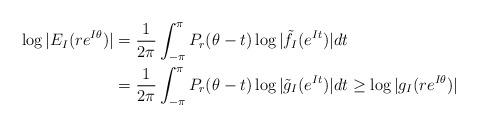
LaTeX: \begin{align*}\begin{aligned}\log |E_I(re^{I\theta})|&=\frac1{2\pi}\int_{-\pi}^{\pi}P_r(\theta-t)\log |\tilde f_I(e^{It})|dt\\&=\frac1{2\pi}\int_{-\pi}^{\pi}P_r(\theta-t)\log |\tilde g_I(e^{It})|dt \ge \log |g_I(re^{I\theta})|\end{aligned}\end{align*}